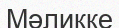
Мәликке